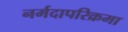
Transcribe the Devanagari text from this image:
नर्मदापरिक्रमा